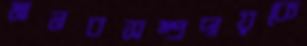
মানবসম্প্রদায়কে